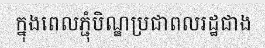
ក្នុងពេលភ្ជុំបិណ្ឌប្រជាពលរដ្ឋជាង